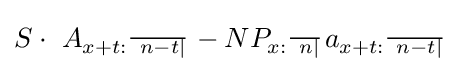
S\cdot ~A_{x+t:{\begin{smallmatrix}\hline ~n-t|\end{smallmatrix}}}-NP_{x:{\begin{smallmatrix}\hline ~n|\end{smallmatrix}}}a_{x+t:{\begin{smallmatrix}\hline ~n-t|\end{smallmatrix}}}